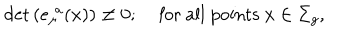
\mathrm { d e t } \left( e _ { \mu } ^ { \, \, a } ( x ) \right) \neq 0 ; \, \, \, \, \, \mathrm { ~ f o r ~ a l l ~ p o i n t s ~ } x \in \Sigma _ { g } ,